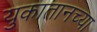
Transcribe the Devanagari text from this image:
युकातानच्या